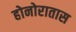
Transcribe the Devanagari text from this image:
होनोरातास